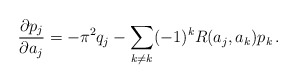
\begin{align*}{\partial p_j\over \partial a_j} = -\pi^2 q_j - \sum_{k\neq k} (-1)^kR(a_j,a_k) p_k\, .\end{align*}